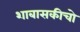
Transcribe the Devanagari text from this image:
शाबासकीचो